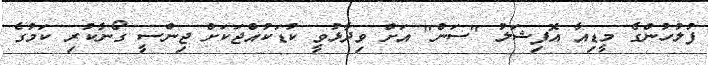
ފުލުހުންގެ މީޑިއާ އޮފިޝަލު "ސަން" އަށް ވިދާޅުވީ ކުޑަކުއްޖަކަށް ޖިންސީ ގޯނާކުރި ކަމުގެ